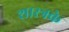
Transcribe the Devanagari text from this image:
शास्त्रके